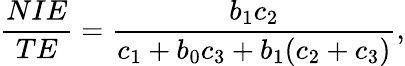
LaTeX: {\frac{NIE}{TE}}={\frac{b_{1}c_{2}}{c_{1}+b_{0}c_{3}+b_{1}(c_{2}+c_{3})}},